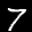
Label: 7